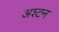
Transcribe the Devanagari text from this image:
अश्टन